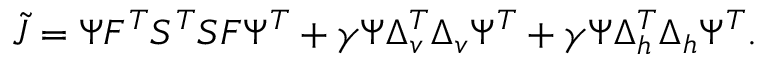
\tilde { J } = \Psi F ^ { T } S ^ { T } S F \Psi ^ { T } + \gamma \Psi \Delta _ { v } ^ { T } \Delta _ { v } \Psi ^ { T } + \gamma \Psi \Delta _ { h } ^ { T } \Delta _ { h } \Psi ^ { T } .